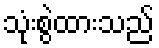
သုံးစွဲထားသည်